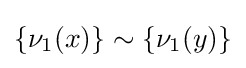
\{\nu _{1}(x)\}\sim \{\nu _{1}(y)\}